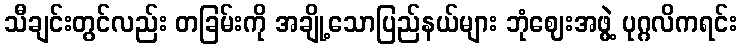
သီချင်းတွင်လည်း တခြမ်းကို အချို့သောပြည်နယ်များ ဘုံဈေးအဖွဲ့ ပုဂ္ဂလိကရင်း